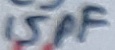
Text: 15pF